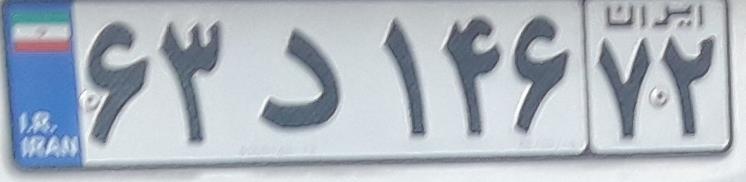
۶۳د۱۴۶۷۲